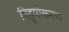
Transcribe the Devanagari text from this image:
विद्रूपीकरण